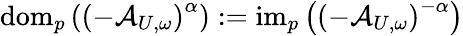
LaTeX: \mathrm{dom}_{p}\left(\left(-\mathcal{A}_{U,\omega}\right)^{\alpha}\right):=\mathrm{im}_{p}\left(\left(-\mathcal{A}_{U,\omega}\right)^{-\alpha}\right)